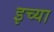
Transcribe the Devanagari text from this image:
इच्या